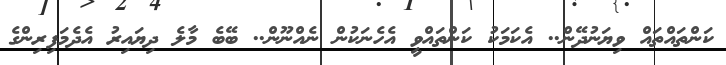
ކަންތައްތައް ވިޔަނުދޭން.. އެކަމަކު ކަންތައްވީ އެހެނަކުން ނެއްނޫން.. ބޭބެ މާލެ ދިޔައިރު އެދެމަފިރިންގެ